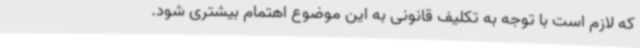
که لازم است با توجه به تکلیف قانونی به این موضوع اهتمام بیشتری شود.